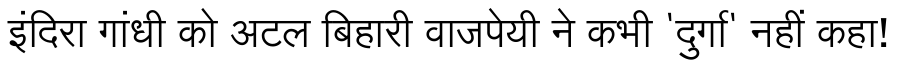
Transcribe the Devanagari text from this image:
इंदिरा गांधी को अटल बिहारी वाजपेयी ने कभी 'दुर्गा' नहीं कहा!